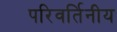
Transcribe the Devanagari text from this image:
परिवर्तिनीय